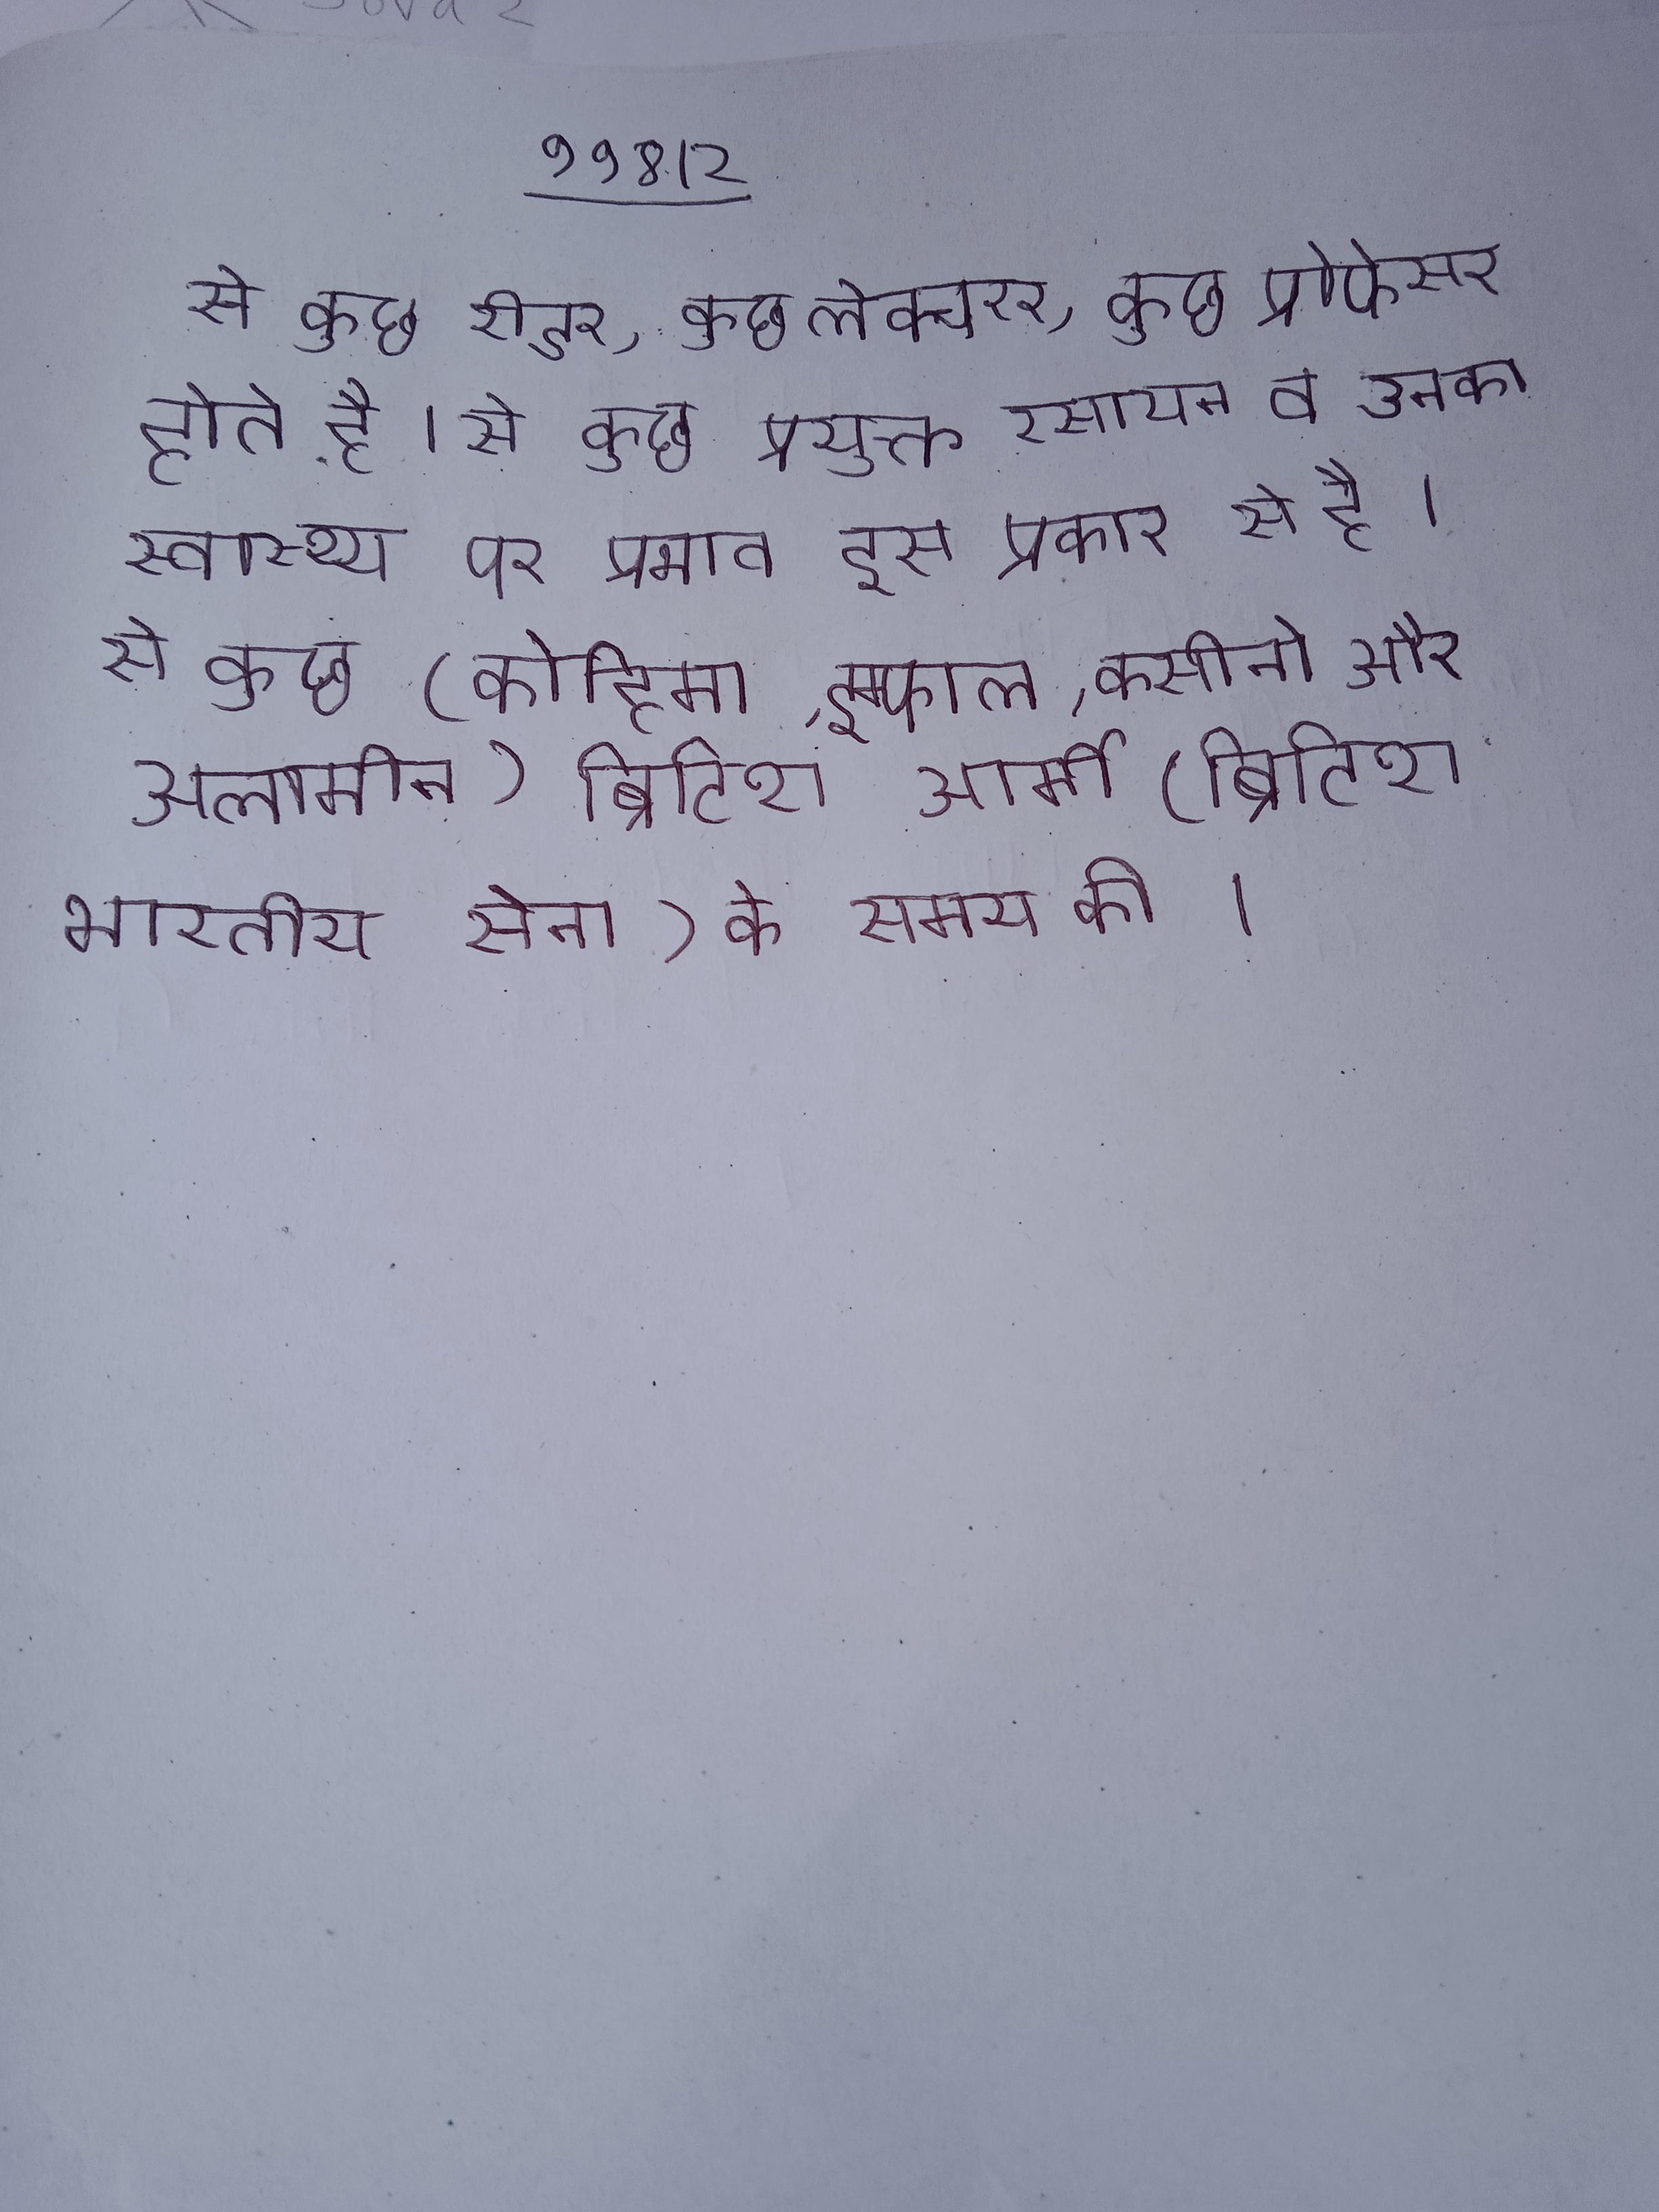
से कुछ रीडर, कुछ लेक्चरर, कुछ एसोसिएट तथा कुछ प्रोफेसर होते है । से कुछ प्रयुक्त रसायन व उनका स्वास्थ्य पर प्रभाव इस प्रकार से है । से कुछ (कोहिमा, इम्फाल, कसीनो और अलामीन) ब्रिटिश आर्मी (ब्रिटिश भारतीय सेना) के समय की ।